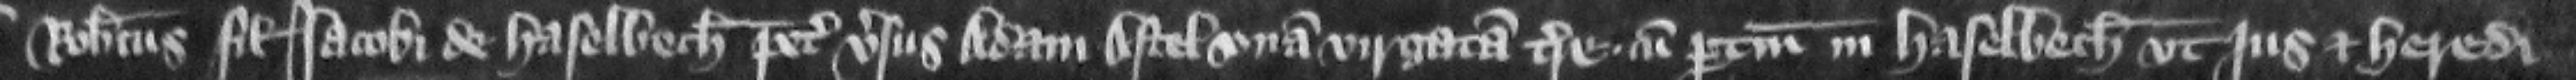
Robertus filius Iacobi de Haselbech petit versus Adam Astel vnam virgatam terre cum pertinencis in Haselbech vt jus et heredi